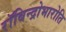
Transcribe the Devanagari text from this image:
रॉबिन्द्रोभारोति